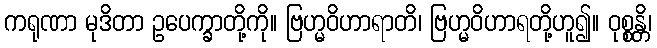
ကရုဏာ မုဒိတာ ဥပေက္ခာတို့ကို။ ဗြဟ္မဝိဟာရာတိ၊ ဗြဟ္မဝိဟာရတို့ဟူ၍။ ဝုစ္စန္တိ၊